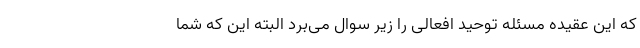
که این عقیده مسئله توحید افعالی را زیر سوال می‌برد البته این که شما